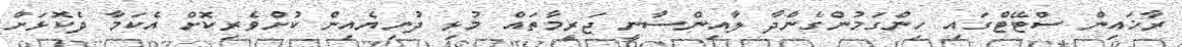
ރާޚައިން ސްޓޭޓްގައި ހިންގަމުންގެންދާ ލާއިންސާނީ ޖަރީމާތައް މުޅި ދުނިޔެއިން ކުށްވެރިކޮށް އެކަމާ ދެކޮޅަށް